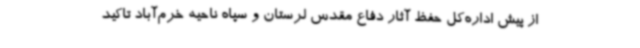
از پیش اداره‌کل حفظ آثار دفاع مقدس لرستان و سپاه ناحیه خرم‌آباد تاکید